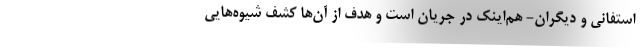
استفانی و دیگران- هم‌اینک در جریان است و هدف از آن‌ها کشف شیوه‌هایی